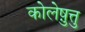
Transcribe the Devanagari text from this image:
कोलेष़ुत्तु